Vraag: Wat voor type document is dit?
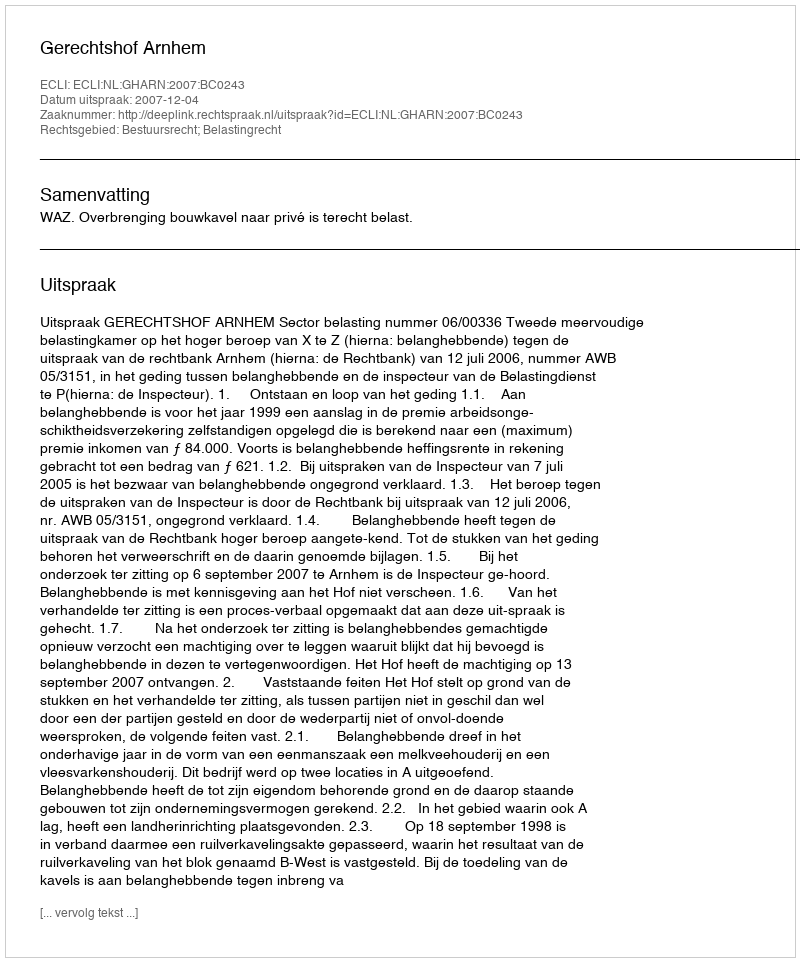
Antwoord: Uitspraak